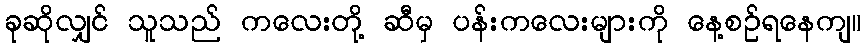
ခုဆိုလျှင် သူသည် ကလေးတို့ ဆီမှ ပန်းကလေးများကို နေ့စဉ်ရနေကျ။